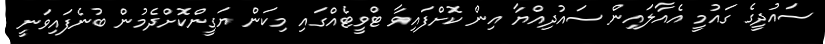
ސައުދީގެ ގައުމީ އެއާލައިން ސައުދިއްޔާ އިން ކޮށްފައިވާ ޓްވީޓެއްގައި މިކަން ޔަގީންކޮށްދެމުން ބުނެފައިވަނީ